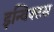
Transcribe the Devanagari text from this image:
इन्विक्टस